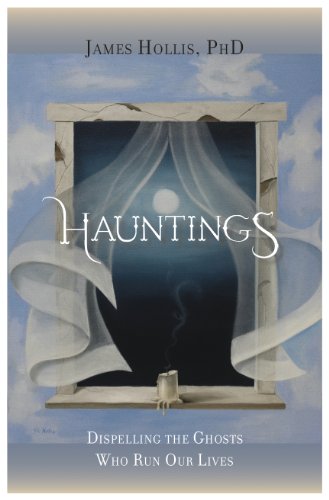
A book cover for Hauntings: Dispelling the Ghosts Who Run Our Lives; James Hollis; Religion & Spirituality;